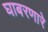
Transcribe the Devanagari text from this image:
घाबरणारे